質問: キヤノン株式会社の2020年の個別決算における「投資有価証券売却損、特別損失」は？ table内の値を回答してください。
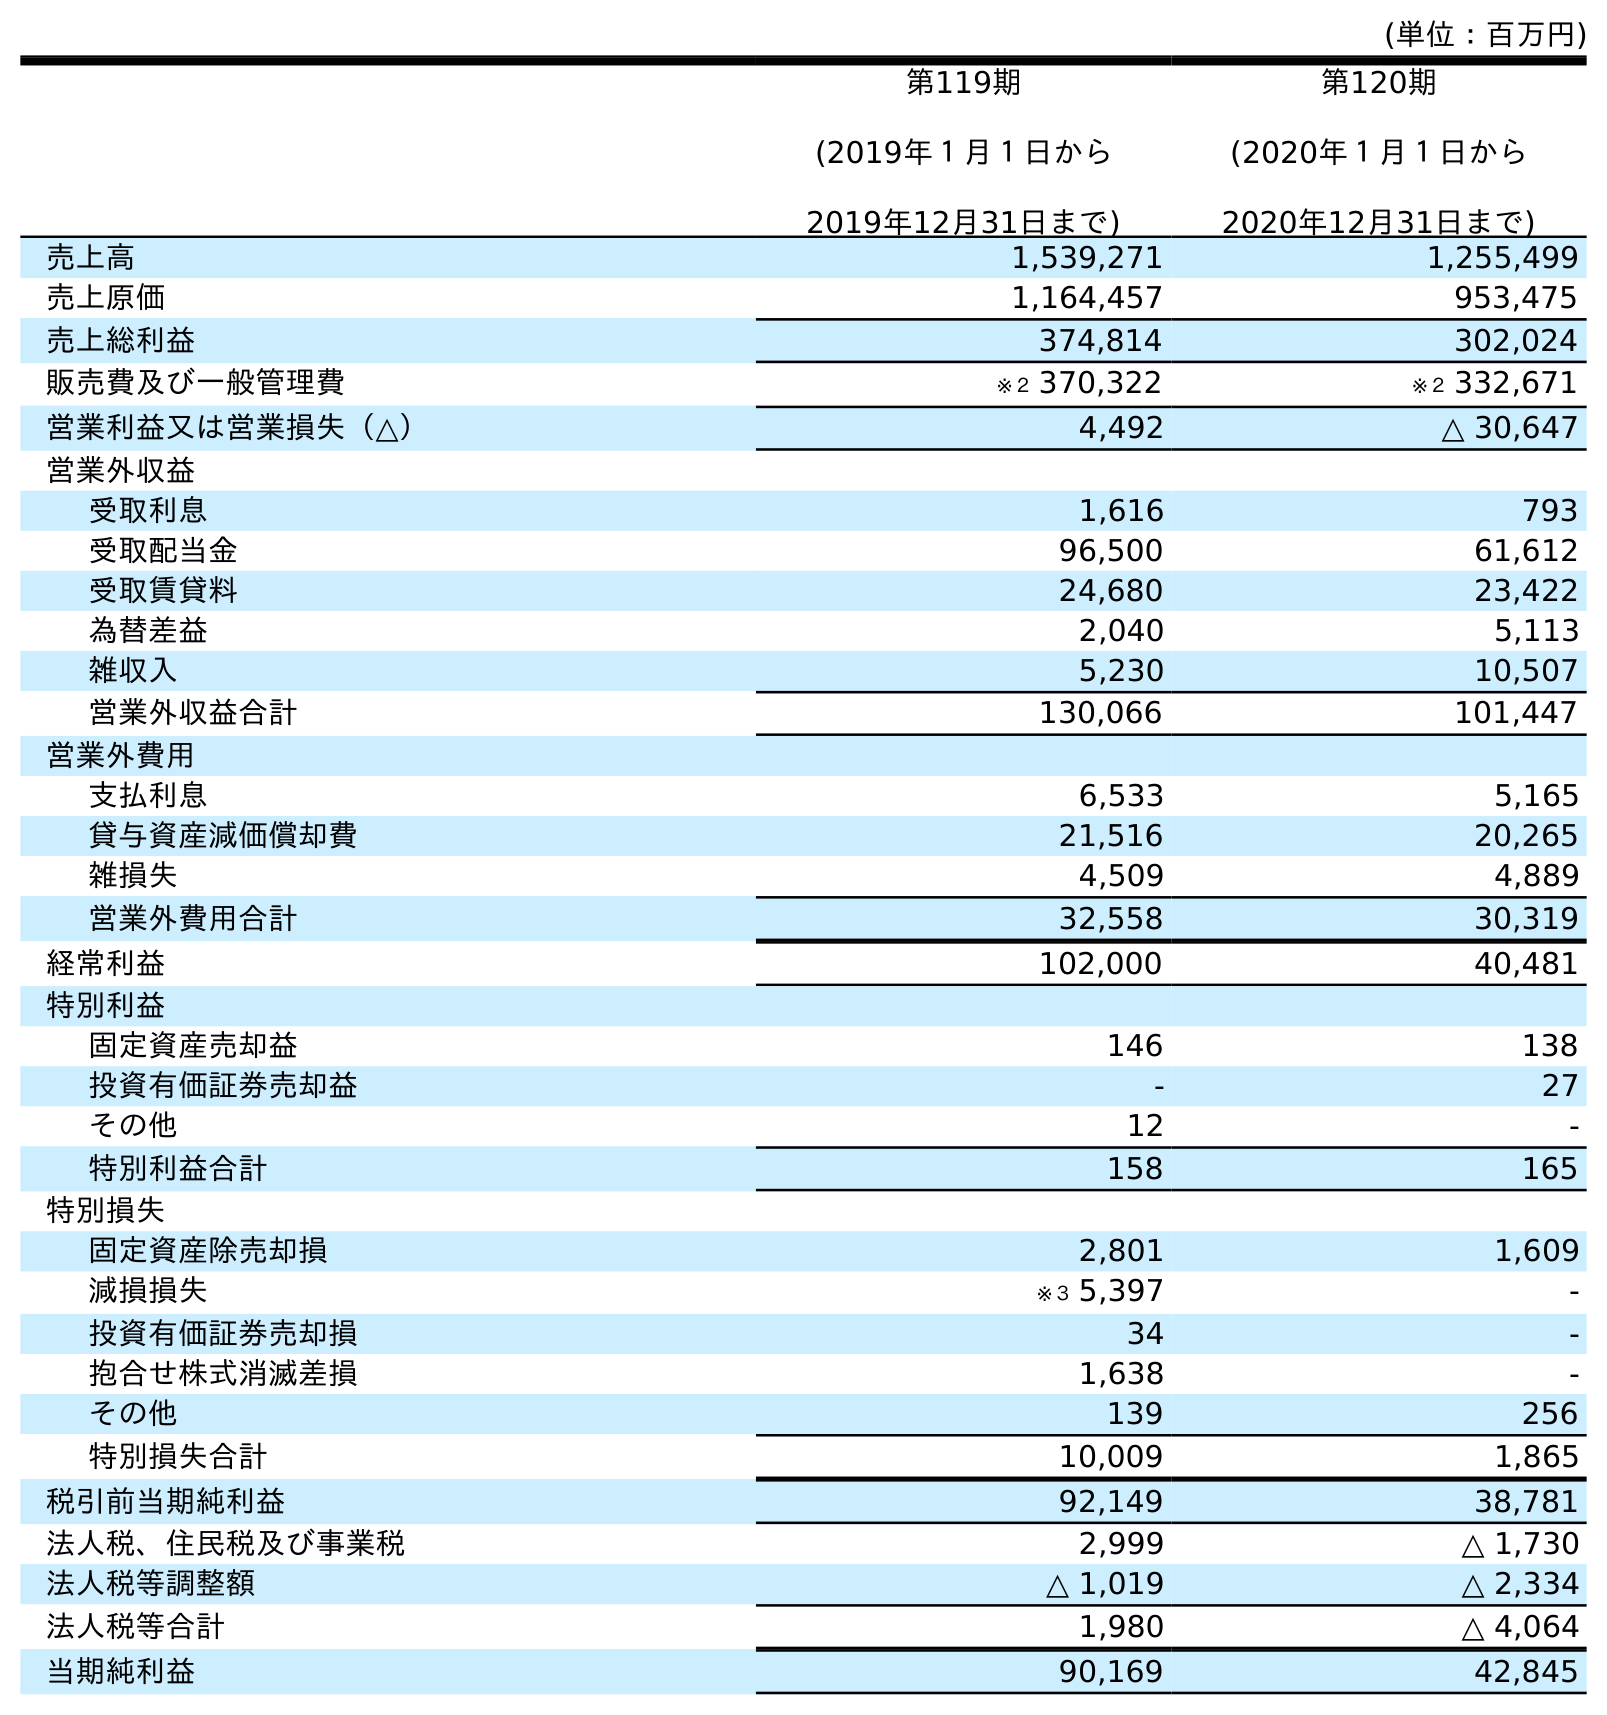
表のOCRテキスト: (単位：百万円) 第119期 (2019年１月１日から 2019年12月31日まで) 第120期 (2020年１月１日から 2020年12月31日まで) 売上高 1,539,271 1,255,499 売上原価 1,164,457 953,475 売上総利益 374,814 302,024 販売費及び一般管理費 ※２ 370,322 ※２ 332,671 営業利益又は営業損失（△） 4,492 △ 30,647 営業外収益 受取利息 1,616 793 受取配当金 96,500 61,612 受取賃貸料 24,680 23,422 為替差益 2,040 5,113 雑収入 5,230 10,507 営業外収益合計 130,066 101,447 営業外費用 支払利息 6,533 5,165 貸与資産減価償却費 21,516 20,265 雑損失 4,509 4,889 営業外費用合計 32,558 30,319 経常利益 102,000 40,481 特別利益 固定資産売却益 146 138 投資有価証券売却益 - 27 その他 12 - 特別利益合計 158 165 特別損失 固定資産除売却損 2,801 1,609 減損損失 ※３ 5,397 - 投資有価証券売却損 34 - 抱合せ株式消滅差損 1,638 - その他 139 256 特別損失合計 10,009 1,865 税引前当期純利益 92,149 38,781 法人税、住民税及び事業税 2,999 △ 1,730 法人税等調整額 △ 1,019 △ 2,334 法人税等合計 1,980 △ 4,064 当期純利益 90,169 42,845
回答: -